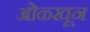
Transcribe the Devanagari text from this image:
ओळ्खून